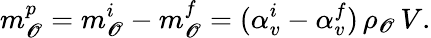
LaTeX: m_{\mathscr{O}}^{p}=m_{\mathscr{O}}^{i}-m_{\mathscr{O}}^{f}=(\alpha_{v}^{i}-\alpha_{v}^{f})\, \rho_{\mathscr{O}}\, V.